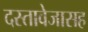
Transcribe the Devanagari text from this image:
दस्तावेजासह